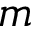
m